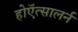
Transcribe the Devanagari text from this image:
होऍत्सालर्न